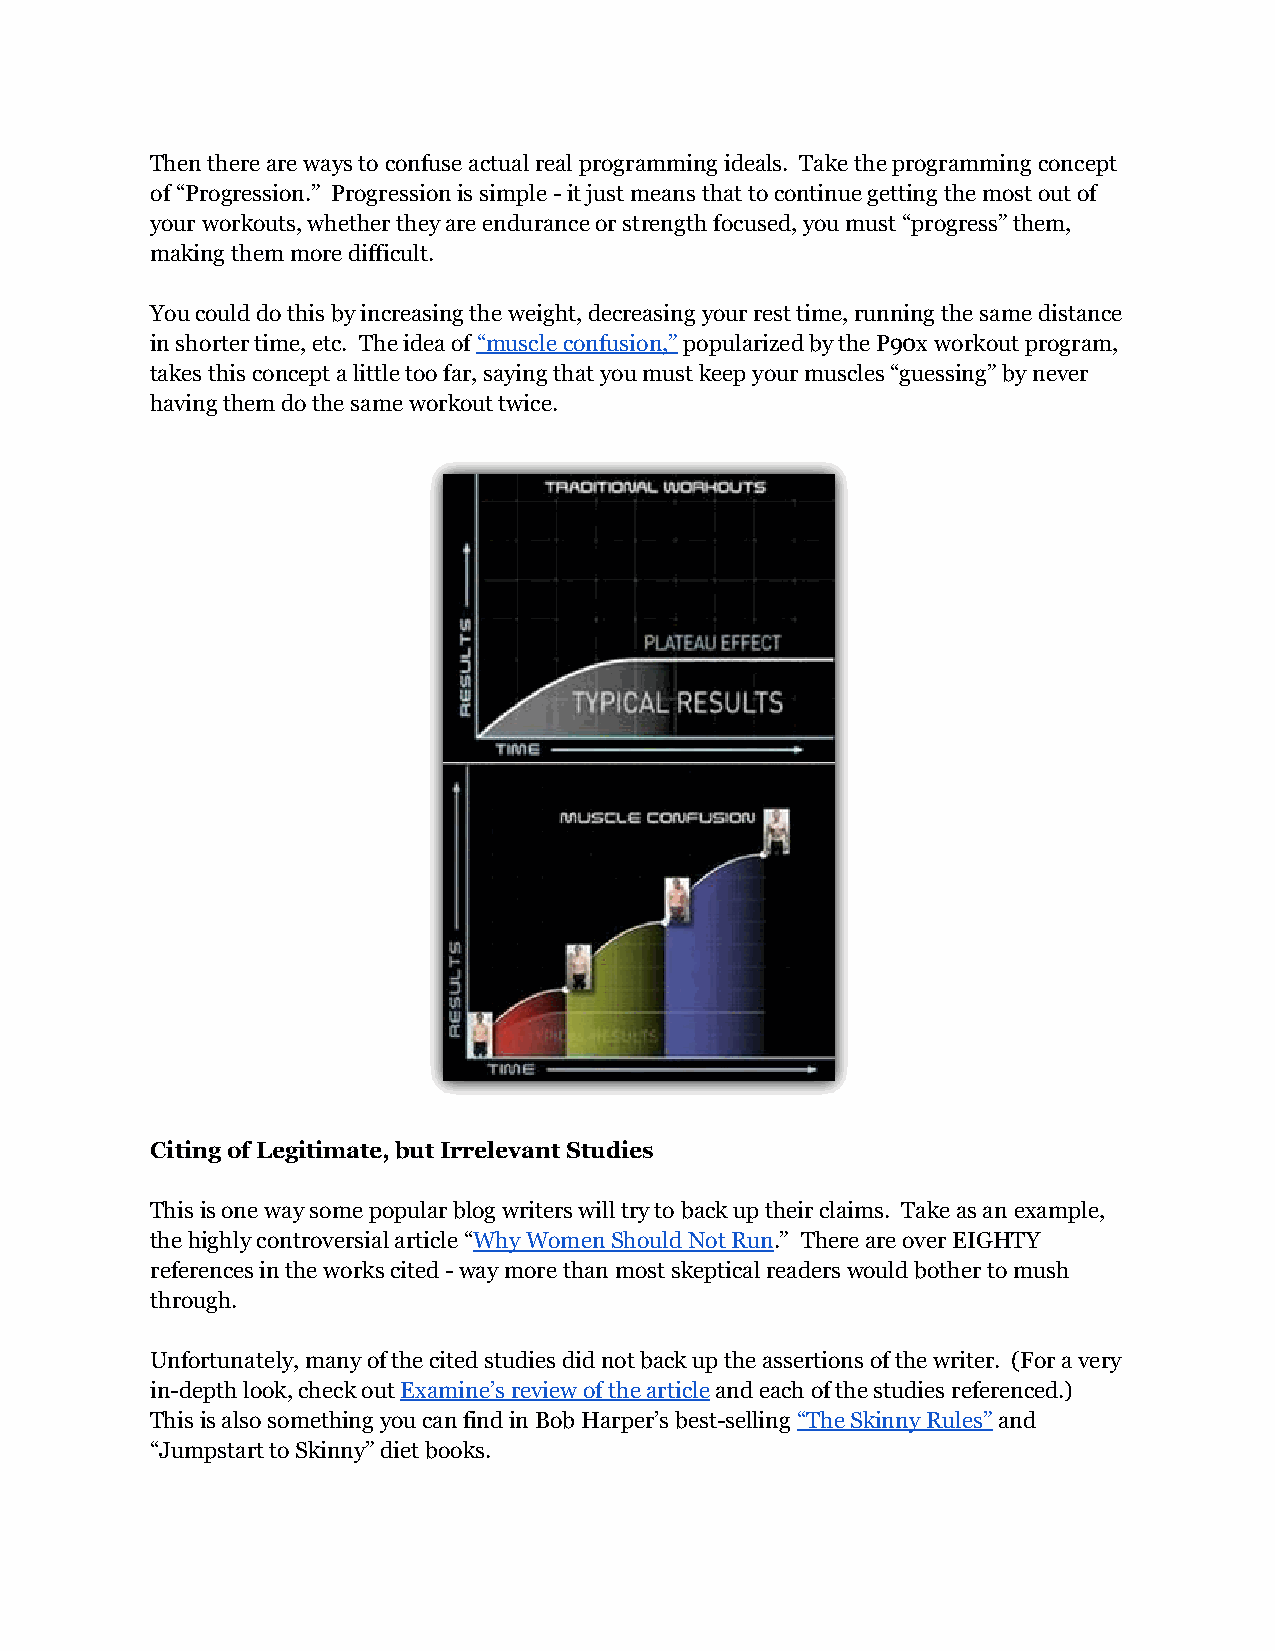
Then there are ways to confuse actual real programming ideals. Take the programming concept
 of “Progression.” Progression is simple - it just means that to continue getting the most out of
 your workouts, whether they are endurance or strength focused, you must “progress” them,
 making them more difficult.
 You could do this by increasing the weight, decreasing your rest time, running the same distance
 in shorter time, etc. The idea of “muscle confusion,” popularized by the P90x workout program,
 takes this concept a little too far, saying that you must keep your muscles “guessing” by never
 having them do the same workout twice.
 Citing of Legitimate, but Irrelevant Studies
 This is one way some popular blog writers will try to back up their claims. Take as an example,
 the highly controversial article “Why Women Should Not Run.” There are over EIGHTY
 references in the works cited - way more than most skeptical readers would bother to mush
 through.
 Unfortunately, many of the cited studies did not back up the assertions of the writer. (For a very
 in-depth look, check out Examine’s review of the article and each of the studies referenced.)
 This is also something you can find in Bob Harper’s best-selling “The Skinny Rules” and
 “Jumpstart to Skinny” diet books.